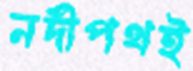
নদীপথই